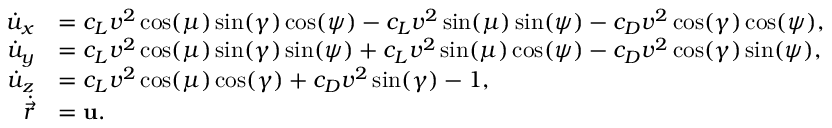
\begin{array} { r l } { \Dot { u } _ { x } } & { = c _ { L } v ^ { 2 } \cos ( \mu ) \sin ( \gamma ) \cos ( \psi ) - c _ { L } v ^ { 2 } \sin ( \mu ) \sin ( \psi ) - c _ { D } v ^ { 2 } \cos ( \gamma ) \cos ( \psi ) , } \\ { \Dot { u } _ { y } } & { = c _ { L } v ^ { 2 } \cos ( \mu ) \sin ( \gamma ) \sin ( \psi ) + c _ { L } v ^ { 2 } \sin ( \mu ) \cos ( \psi ) - c _ { D } v ^ { 2 } \cos ( \gamma ) \sin ( \psi ) , } \\ { \Dot { u } _ { z } } & { = c _ { L } v ^ { 2 } \cos ( \mu ) \cos ( \gamma ) + c _ { D } v ^ { 2 } \sin ( \gamma ) - 1 , } \\ { \Dot { \vec { r } } } & { = \mathbf { u } . } \end{array}